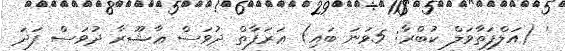
' (އަލްފަތާވަލް ކުބްރާ: 5ވަނަ ބައި) ޢަރަފާތް ދުވަސް ޢާޝޫރާ ދުވަސް ފަދަ